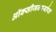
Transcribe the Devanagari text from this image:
ऑक्सीजनपर्याप्त